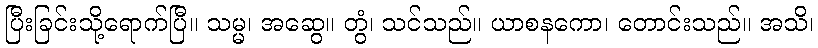
ပြီးခြင်းသို့ရောက်ပြီ။ သမ္မ၊ အဆွေ။ တွံ၊ သင်သည်။ ယာစနကော၊ တောင်းသည်။ အသိ၊